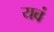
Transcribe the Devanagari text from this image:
यवं